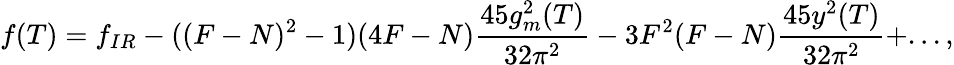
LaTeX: f(T)=f_{IR}-((F-N)^{2}-1)(4F-N)\frac{45g_{m}^{2}(T)}{32\pi^{2}}-3F^{2}(F-N)\frac{45y^{2}(T)}{32\pi^{2}}+...,